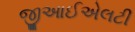
જીઆઈએલટી